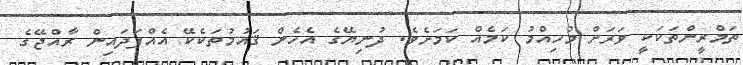
ތަމްރީންތަކަކީ ވަރަށް މުހިއްމު ކަމެއް ކަމަށެވެ. ދުނިޔޭގެ އެހެން ޤައުމުތަކެކޭ އެއްފަދައިން ރާއްޖޭގެ